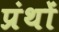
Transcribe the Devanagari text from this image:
प्रंथों